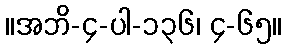
။အဘိ-၄-ပါ-၁၃၆၊ ၄-၆၅။